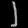
Digit: ၂